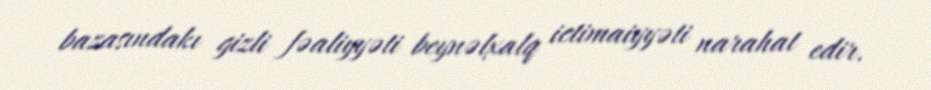
bazasındakı gizli fəaliyyəti beynəlxalq ictimaiyyəti narahat edir.